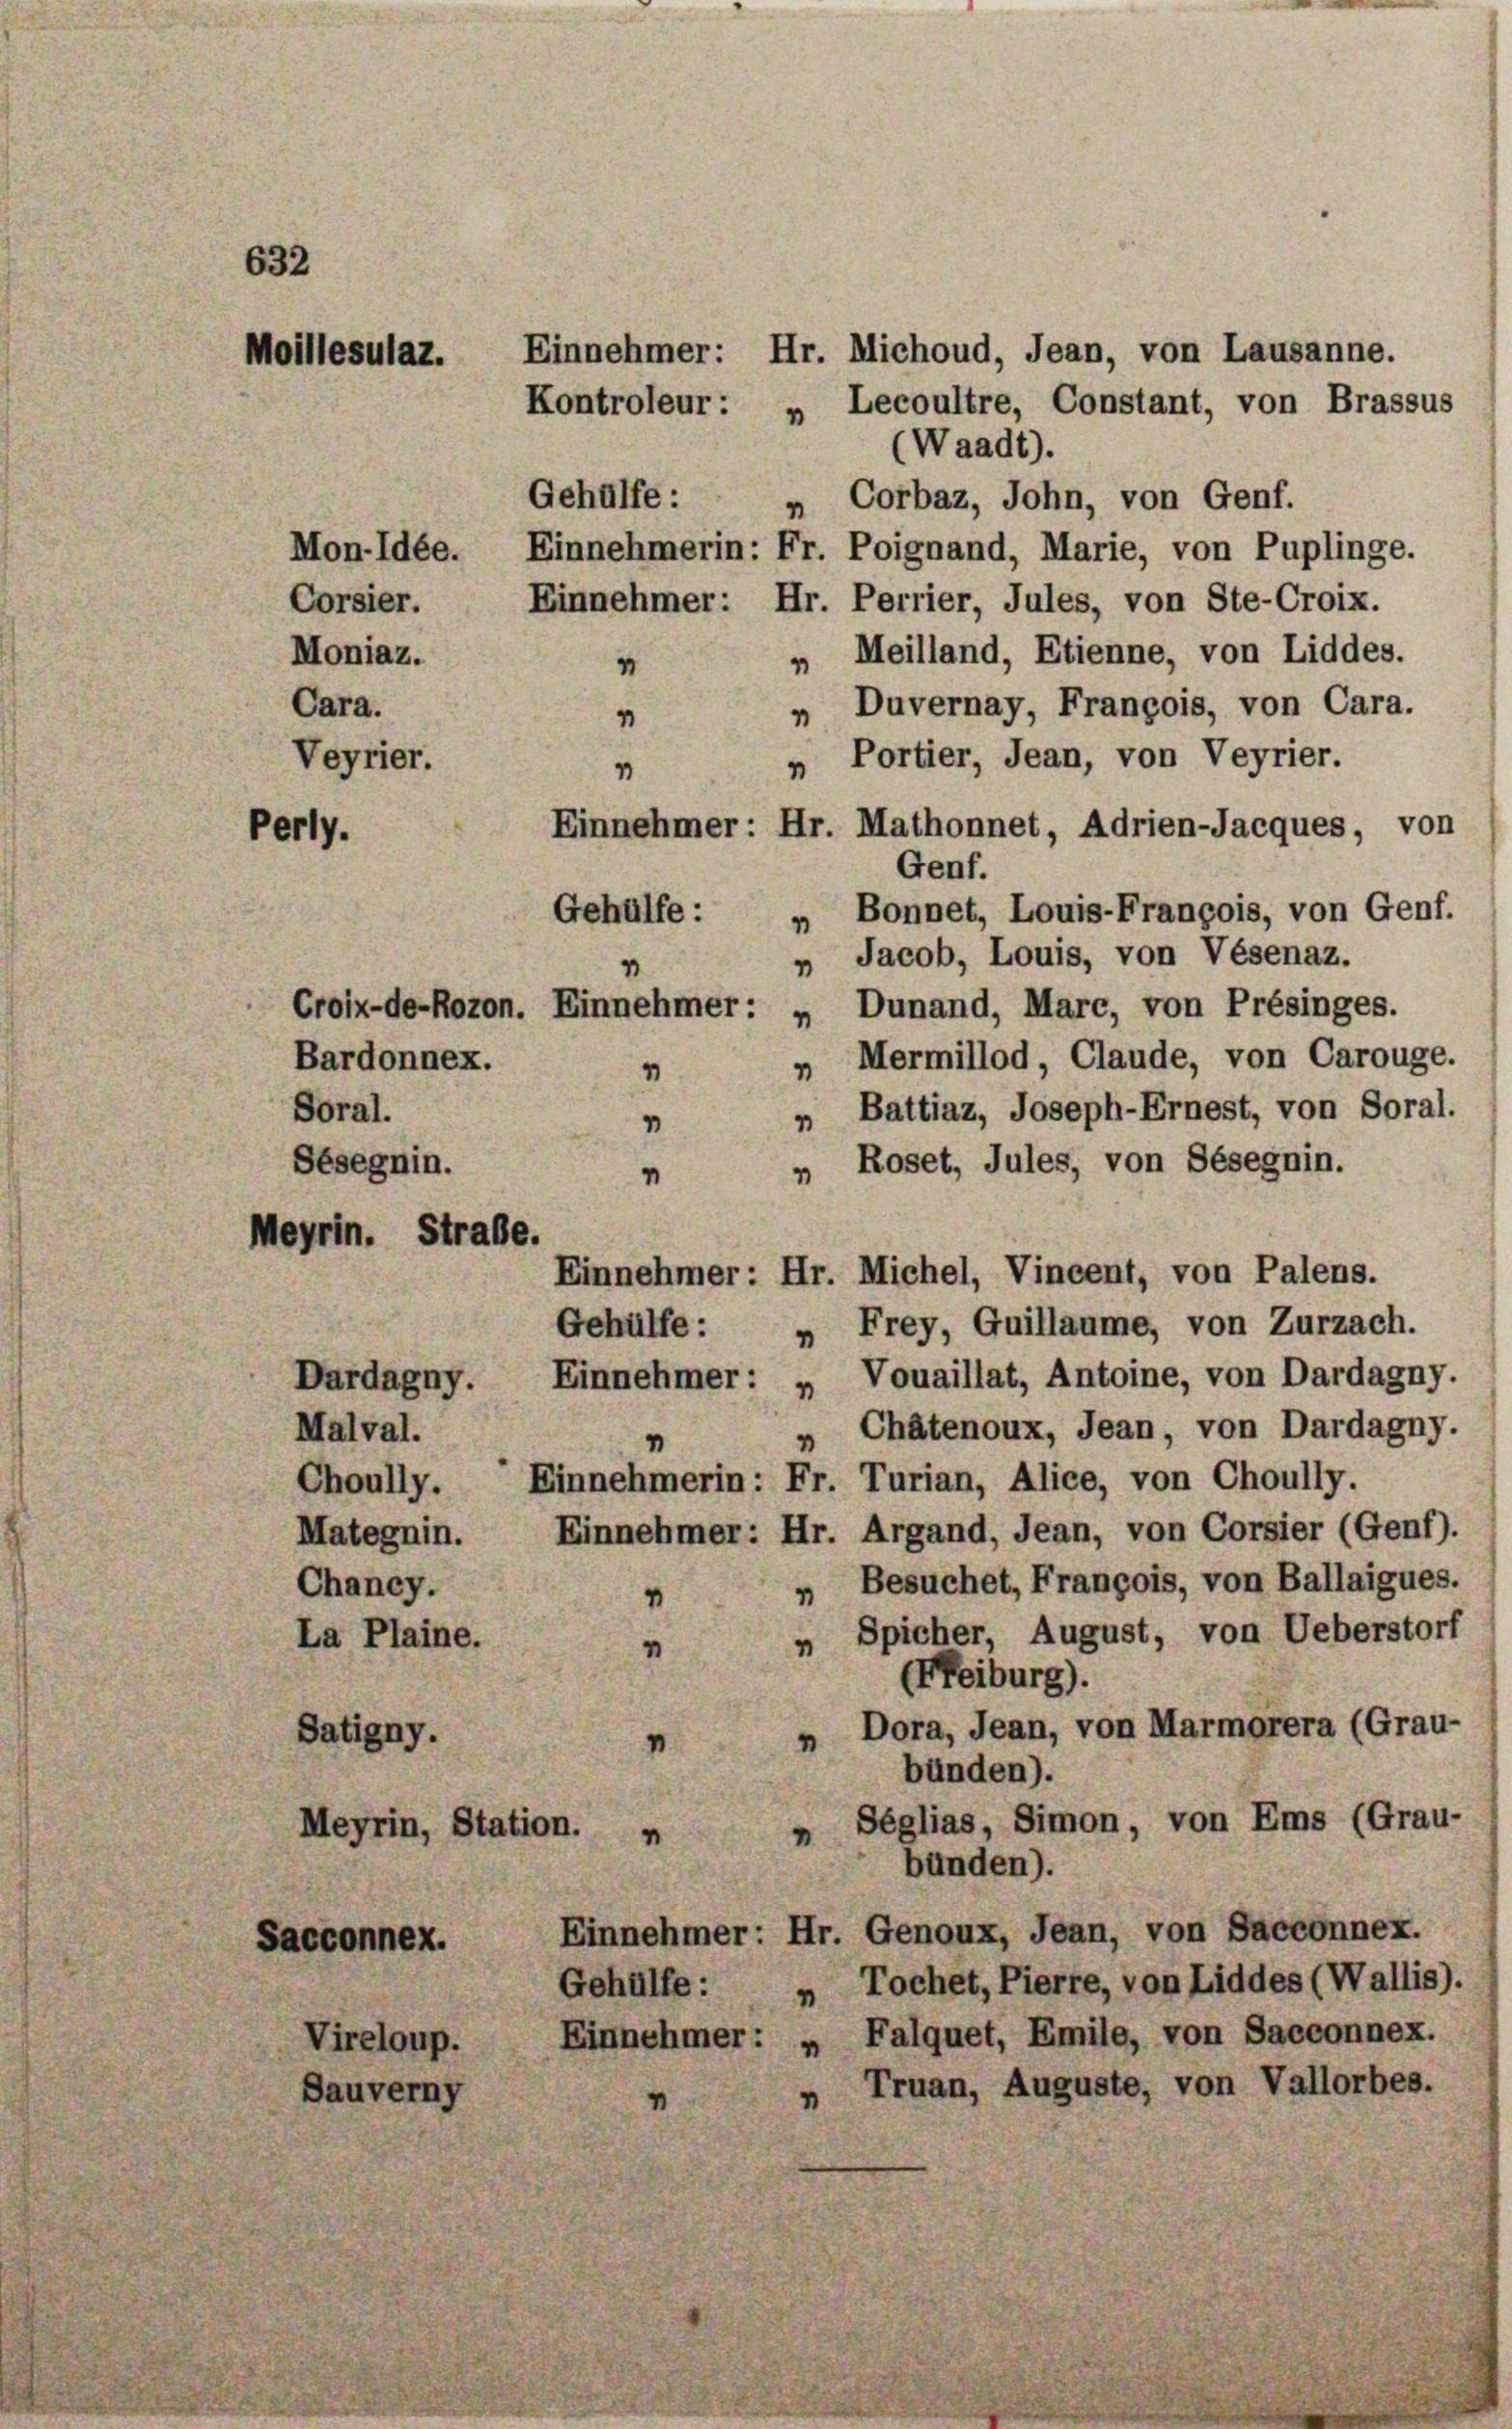
632

Moillesulaz.

Perly.

Mon-Idée.
Corsier.
Moniaz.
Cara.
Veyrier.

Dardagny.
Malval.
Choully.
Mategnin.
Chancy.
La Plaine.
Satigny.
Meyrin, Station. „
Sacconnex.
Vireloup.
Dauverny

1

Gehülfe :
Bardonnex.
1
Soral.
1
Sesegnin.
m
Meyrin. Strabe.

Kontroleur: „Lecoultre, Constant, von Brassus
(Waadt).
„ Corbaz, John, von Genf.
Einnehmerin: Fr. Poignand, Marie, von Puplinge.
Einnehmer: Hr. Perrier, Jules, von Ste-Croix.
„ Meilland, Etienne, von Liddes.
4
„ Duvernay, François, von Cara.
4
Portier, Jean, von Veyrier.
4
Einnehmer: Hr. Mathonnet, Adrien-Jacques, von
Genf.
„ Bonnet, Louis-François, von Genf.
" Jacob, Louis, von Vésenaz.
Croix-de-Rozon. Einnehmer: „Dunand, Marc, von Présinges.
Mermillod, Claude, von Carouge.
1
„ Battiaz, Joseph-Ernest, von Soral.
„ Roset, Jules, von Sésegnin.
Einnehmer: Hr. Michel, Vincent, von Palens.
Gehülfe :
„ Frey, Guillaume, von Zurzach.
Einnehmer: „ Vouaillat, Antoine, von Dardagny.
„ Chätenoux, Jean, von Dardagny.
v
Einnehmerin: Fr. Turian, Alice, von Choully.
Einnehmer: Hr. Argand, Jean, von Corsier (Genf).
„ Besuchet, François, von Ballaigues.
Spicher, August, von Ueberstorf
1
(Freiburg).
Dora, Jean, von Marmorera (Grau-
bünden).
„ Seglias, Simon, von Ems (Grau-
bünden).
Einnehmer: Hr. Genoux, Jean, von Sacconnex.
„ Tochet, Pierre, von Liddes (Wallis).
Gehülfe:
Falquet, Emile, von Sacconnex.
Einnehmer:
Truan, Auguste, von Vallorbes.

Gehülfe :

Einnehmer: Hr. Michoud, Jean, von Lausanne.